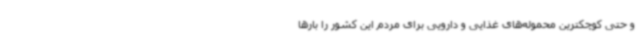
و حتی کوچکترین محموله‌های غذایی و دارویی برای مردم این کشور را بارها